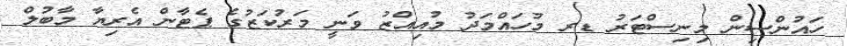
ހައުންސިން މިނިސްޓަރު ޑރ މުހައްމަދު މުއިއްޒު ވަނީ މަރުކަޒުގެ ޕެޓާން އެރިޔާ މާބުލް